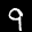
Label: 9